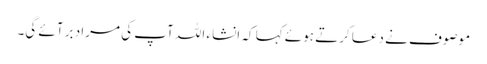
موصوف نے دعا کرتے ہوئے کہا کہ انشاء اللہ آپ کی مراد بر آئے گی۔